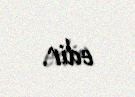
edir.